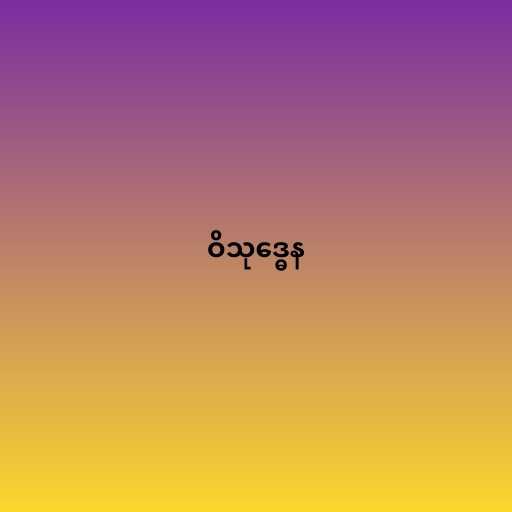
ဝိသုဒ္ဓေန